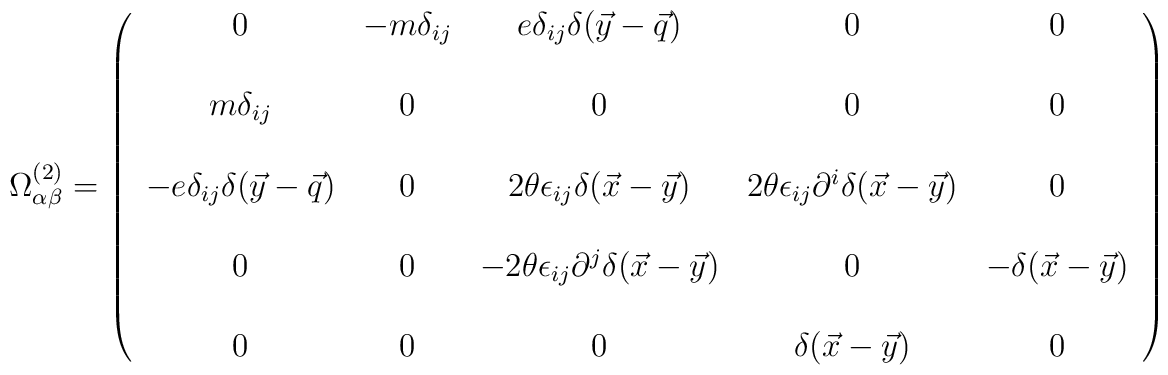
\Omega^{(2)}_{\alpha\beta}=\left(\begin{array}{ccccc}0 &  -m\delta_{ij} & e \delta_{ij} \delta (\vec y - \vec q) & 0 & 0 \\\\m\delta_{ij} & 0 & 0 & 0 & 0 \\ \\-e \delta_{ij} \delta (\vec y - \vec q) &0 & 2 \theta \epsilon_{ij} \delta (\vec x -\vec y) &  2 \theta \epsilon_{ij} \partial^i \delta (\vec x -\vec y) & 0  \\ \\0 &  0 & - 2 \theta \epsilon_{ij} \partial^j \delta (\vec x -\vec y)& 0 & - \delta(\vec x -\vec y)\\\\0 & 0 & 0 & \delta(\vec x -\vec y) & 0\end{array}\right)